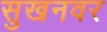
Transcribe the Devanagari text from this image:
सुखनवर